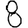
Digit: 8